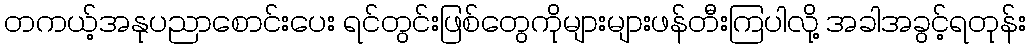
တကယ့်အနုပညာစောင်းပေး ရင်တွင်းဖြစ်တွေကိုများများဖန်တီးကြပါလို့ အခါအခွင့်ရတုန်း